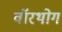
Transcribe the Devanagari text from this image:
वॉरथोग